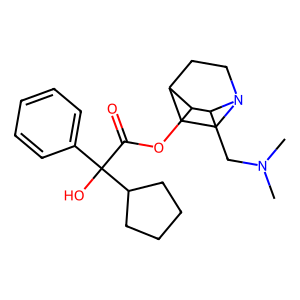
SMILES: CN(C)CC1C(OC(=O)C(O)(c2ccccc2)C2CCCC2)C2CCN1CC2
Inhibits HIV replication: No